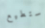
أستطيع